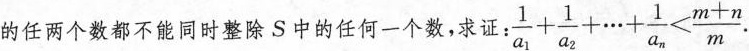
的任两个数都不能同时整除S中的任何一个数，求证：$$\frac { 1 } { a _ { 1 } } + \frac { 1 } { a _ { 2 } } + \cdots + \frac { 1 } { a _ { n } } < \frac { m + n } { m }$$.